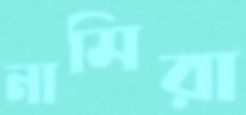
নামিরা